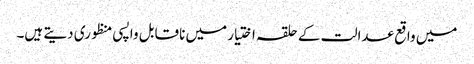
میں واقع عدالت کے حلقہ اختیار میں ناقابل واپسی منظوری دیتے ہیں۔